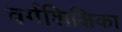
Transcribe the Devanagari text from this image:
वर्गशिक्षिका